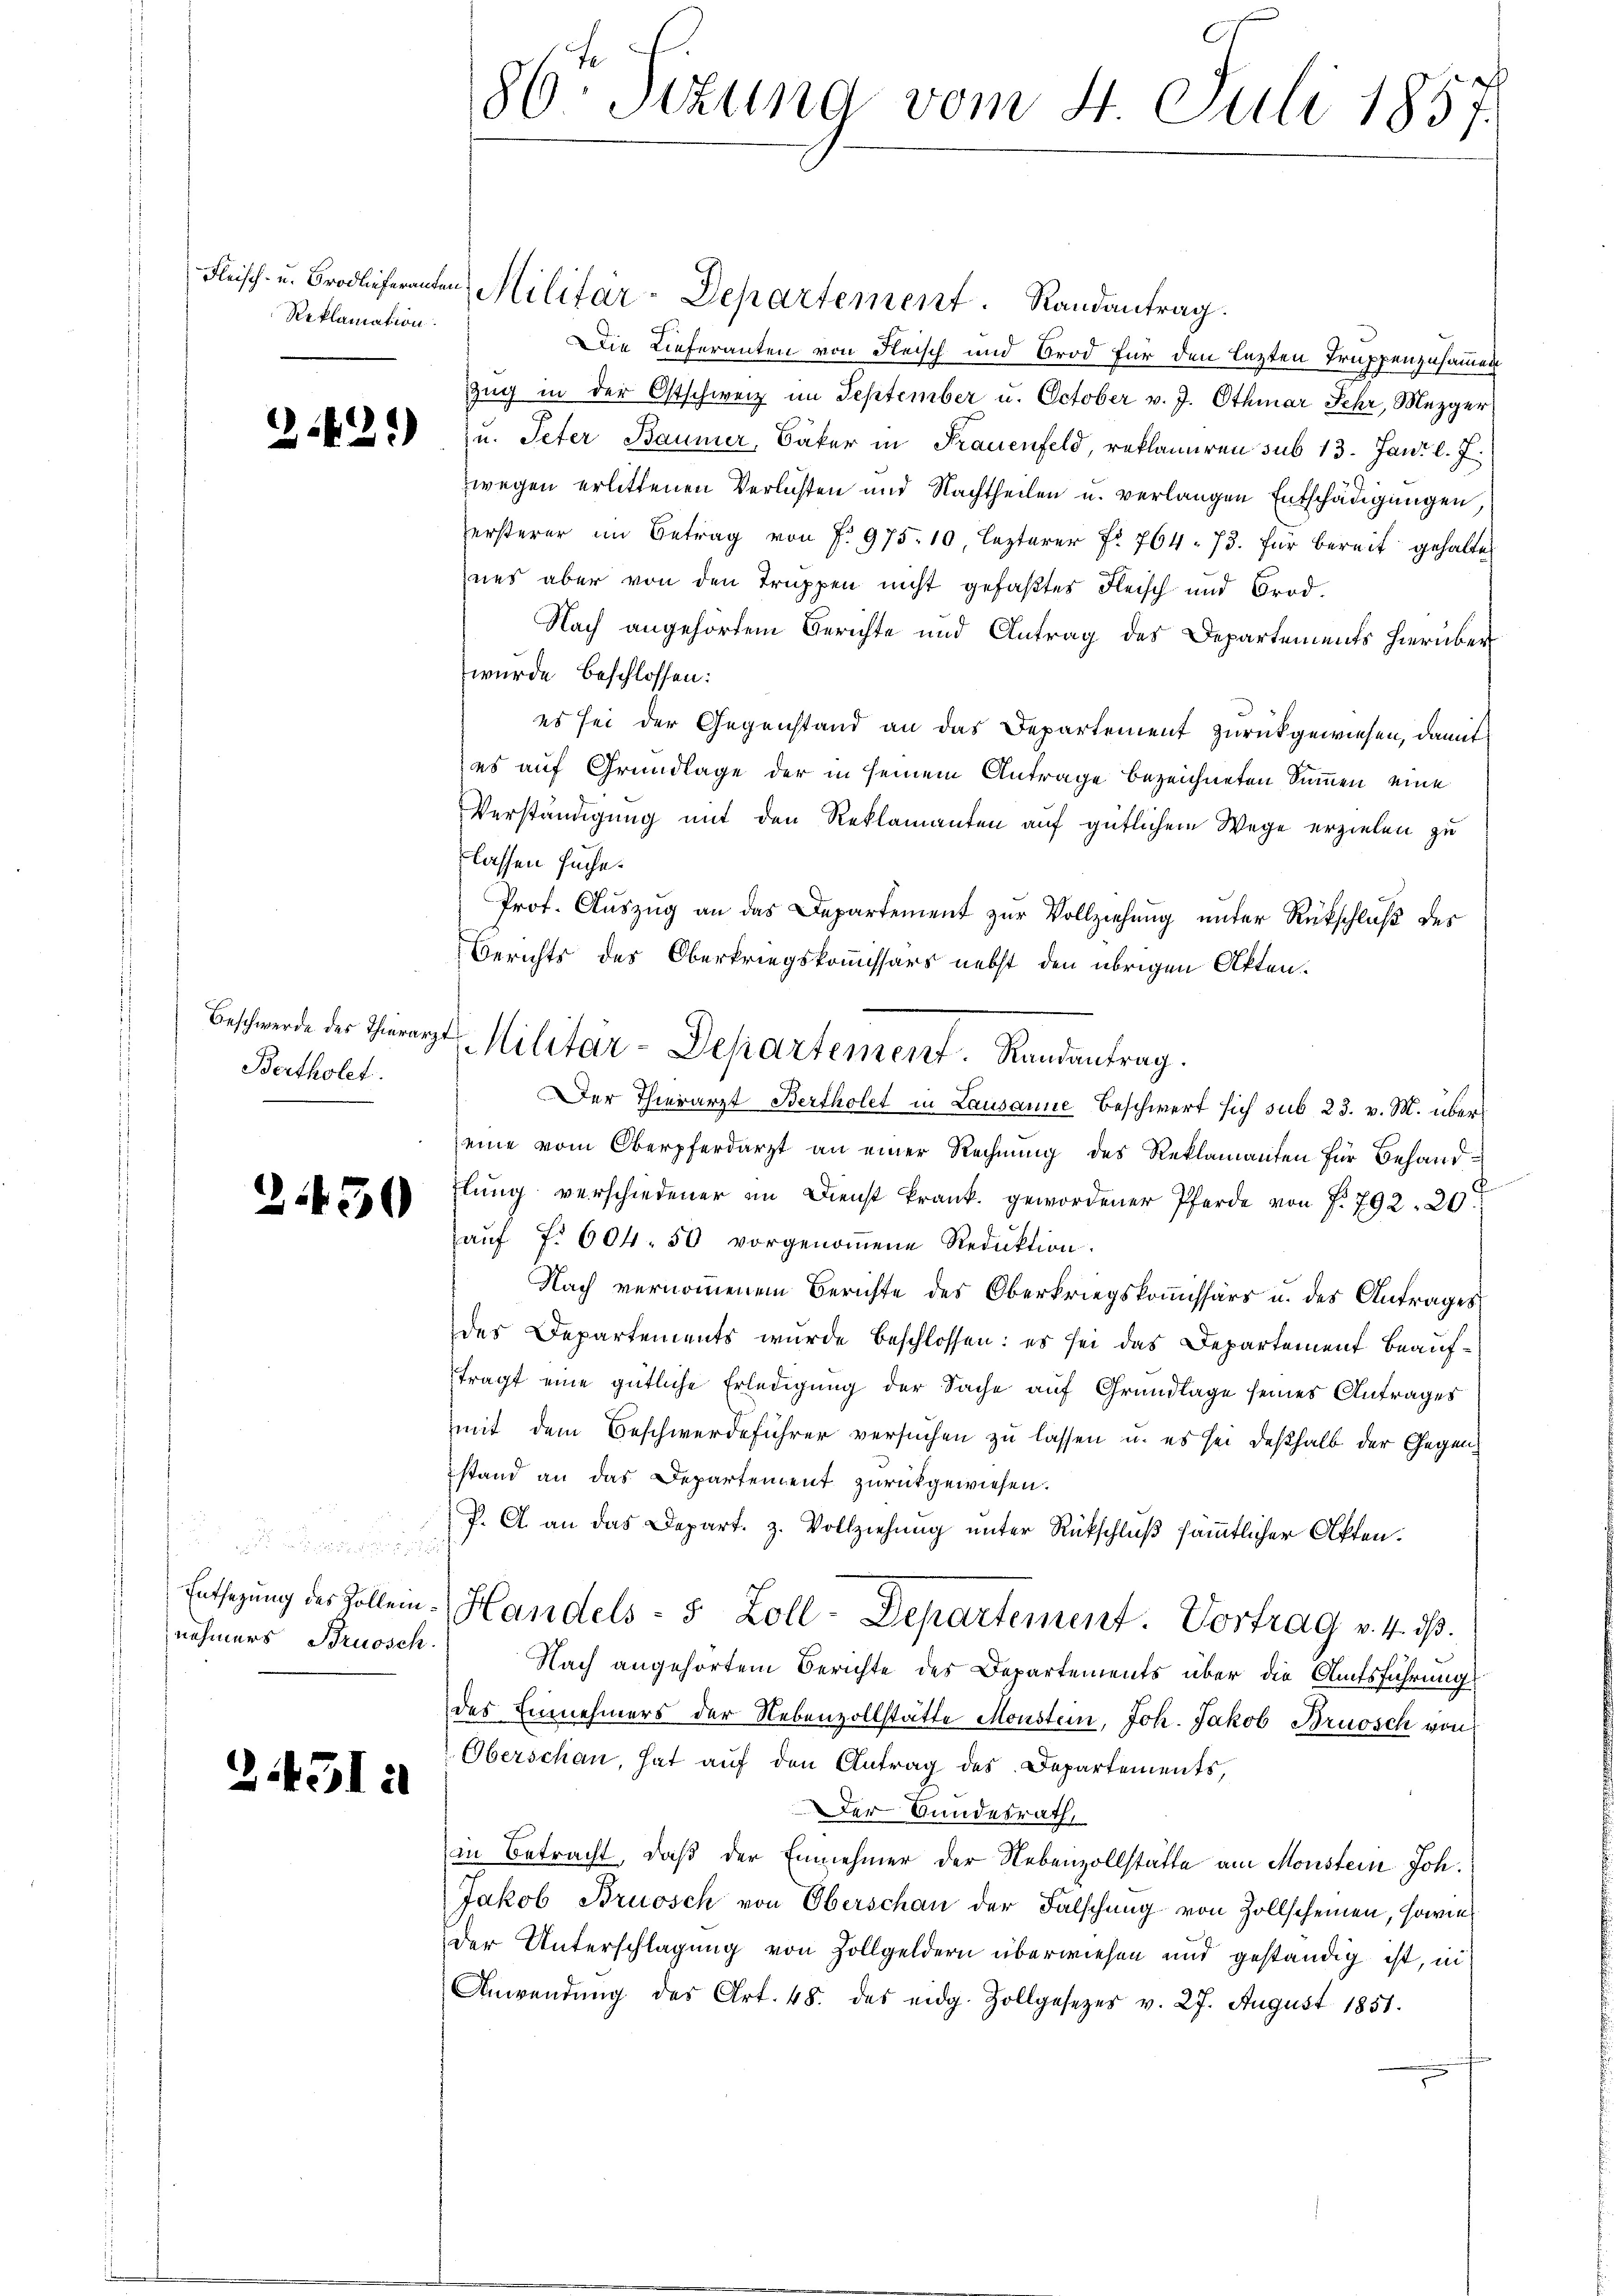
Reklamation.

2429)

Beschwerde des Thierarzt
Bertholet.

2450

Entsezung des Zollennehmers Brusch.

21451

86t Sizung vom 4. Juli 1857.

Die Lieferanten von Fleisch und Brod für den lezten Truppenzusammen
Zug in der Ostschweiz im September u. October v. J. Othmar Jehr, Mezger
u. Peter Baumer, Bäker in Frauenfeld, reklamiren sub 13. Jan. l. J.
zwegen erlittenen Verlichten und Nachtheilen u. verlangen Entschädigungen,
ersterer im Betrag von P. 975. 10, lezterer Fr. 764. 73. für bereit gehalten
ees aber von den Truppen nicht gefaßtes Fleisch und Brod¬
Nach angehörtem Berichte und Antrag des Departements hierüber
wurde beschlossen:
es sei der Gegenstand an das Departement zurückgewiesen, damit
es auf Grundlage der in seinem Antrage bezeichneten Summen, eine
Verständigung mit den Reklamanten auf gütlichem Wege erzielen zu
lassen suche.
Prof. Auszug an das Departement zur Vollziehung unter Rückschluß der
Berichts des Oberkriegskommissärs nebst den übrigen Akten.
Der Thierarzt Bertholet in Lausanne Beschwert sich sub 23. v. M. überseine vom Oberpferdarzt an einer Rechnung des Reklamanten für Behandflung verschiedener im Dienst krank gewordener Pferde von P. 792. 20
aŭf f. 604. 50 vorgenoṁene Reduktion.
Nach vernommenem Berichte des Oberkriegskommissärs u. des Antrages
des Departements wurde beschlossen: es sei das Departement beauftragt eine gütliche Erledigung der Sache auf Grundlage seines Antrages
mit dem Beschwerdeführer versuchen zu lassen u. es sei deßhalb der Gegenstand an das Departement zurückgewiesen.
P. A. an das Depart. z. Vollziehung unter Rückschluß sämmtlicher Affen.
Handels- 5 Zoll-Departement. Vortrag v. 4. ds.
Nach angehörtem Berichte des Departements über die Aufsführung
des Einnehmers der Nebenzollstätte Monstein, Joh. Jakob Bruosch von
Oberschau, hat auf den Antrag des Departements,
Der Bundesrath,
in Betracht, daß der Einnehmer der Nebenzollstätte am Monstein Joh.
Jakob Bruosch von Oberschau der Falschung von Zollscheinen, sowie
der Unterschlagung von Zollgeldern überwiesen und geständig ist, in
Anwendŭng des Art. 48. das eidg. Zollgesezes v. 27. August 1851.

Fleisch- u. Brodlieferanten Militär-Departement. Randantrag.

Militär-Departement. Randantrag.